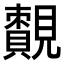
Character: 𧢔